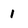
Character: 1